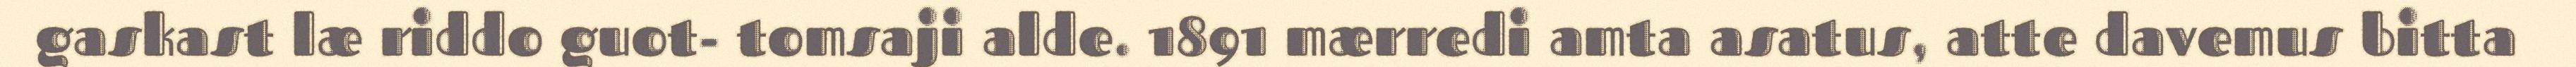
gaskast læ riddo guot- tomsaji alde. 1891 mærredi amta asatus, atte davemus bitta